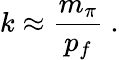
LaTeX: k\approx\frac{m_{\pi}}{p_{f}}\ .